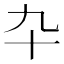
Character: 卆